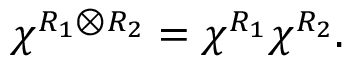
\chi ^ { R _ { 1 } \otimes R _ { 2 } } = \chi ^ { R _ { 1 } } \chi ^ { R _ { 2 } } .